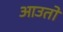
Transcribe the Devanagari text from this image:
आउतो